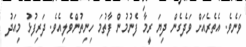
ވަނެވެ. އެތެރެއަށް ވަދެގެން ދިޔަ ރީމާ ފެނުމުން ފާތުމަ ހިނިތުންވެލިއެވެ. ދަރިފުޅު މިއަދު